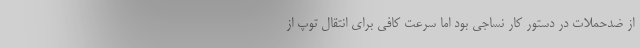
از ضدحملات در دستور کار نساجی بود اما سرعت کافی برای انتقال توپ از